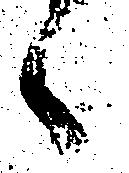
候